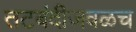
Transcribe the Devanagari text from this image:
तटबंदीजवळच